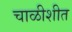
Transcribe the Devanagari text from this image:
चाळीशीत